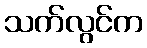
သက်လွင်က